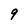
Character: 9